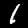
Label: 1